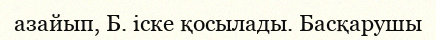
азайып, Б. іске қосылады. Басқарушы